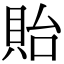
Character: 貽